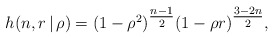
\begin{align*}h_{}(n, r \, | \, \rho) = (1-\rho^{2})^{\tfrac{n-1}{2}}(1-\rho r)^{\tfrac{3-2n} {2}},\end{align*}